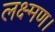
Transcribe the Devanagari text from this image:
लक्ष्मण।